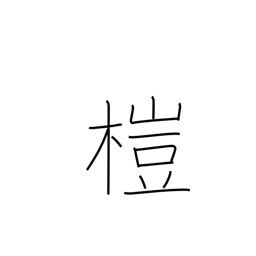
Meaning: alder